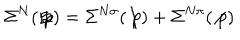
LaTeX: \Sigma ^ { N } ( \not { p } ) = \Sigma ^ { N \sigma } ( \not { p } ) + \Sigma ^ { N \pi } ( \not { p } )